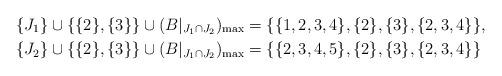
LaTeX: \begin{align*}\{J_1\} \cup \{\{2\}, \{3\}\} \cup (B|_{J_1 \cap J_2})_{\rm max}&=\{\{1, 2, 3, 4\}, \{2\}, \{3\}, \{2, 3, 4\}\},\\\{J_2\} \cup \{\{2\}, \{3\}\} \cup (B|_{J_1 \cap J_2})_{\rm max}&=\{\{2, 3, 4, 5\}, \{2\}, \{3\}, \{2, 3, 4\}\}\end{align*}